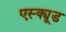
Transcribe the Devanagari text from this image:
एस्क्यूड